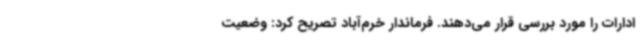
ادارات را مورد بررسی قرار می‌دهند. فرماندار خرم‌آباد تصریح کرد: وضعیت